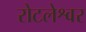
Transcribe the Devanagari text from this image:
रोटलेश्वर